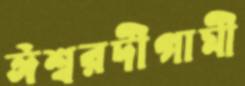
ঈশ্বরদীগামী